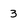
Character: 3